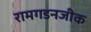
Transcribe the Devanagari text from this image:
रामगडनजीक